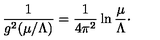
{ \frac { 1 } { g ^ { 2 } ( \mu / \Lambda ) } } = { \frac { 1 } { 4 \pi ^ { 2 } } } \ln { \frac { \mu } { \Lambda } } \cdotp